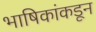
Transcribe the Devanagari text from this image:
भाषिकांकडून